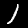
Label: 1